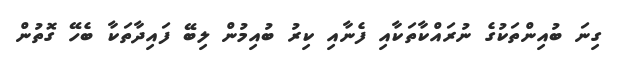
ގިނަ ބުއިންތަކުގެ ނުރައްކާތަކާއި ފެނާއި ކިރު ބުއިމުން ލިބޭ ފައިދާތަކާ ބެހޭ ގޮތުން